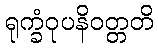
ရုက္ခံဝုပနိဝတ္တတိ